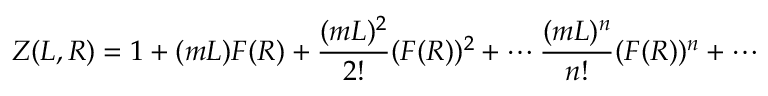
Z ( L , R ) = 1 + ( m L ) F ( R ) + \frac { ( m L ) ^ { 2 } } { 2 ! } ( F ( R ) ) ^ { 2 } + \cdots \frac { ( m L ) ^ { n } } { n ! } ( F ( R ) ) ^ { n } + \cdots